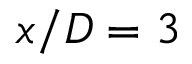
x / D = 3